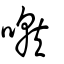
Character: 噈